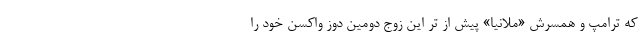
که ترامپ و همسرش «ملانیا» پیش از تر این زوج دومین دوز واکسن خود را